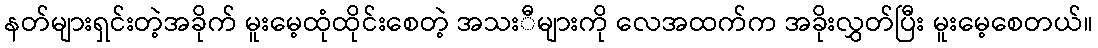
နတ်များရှင်းတဲ့အခိုက် မူးမေ့ထုံထိုင်းစေတဲ့ အသးီများကို လေအထက်က အခိုးလွှတ်ပြီး မူးမေ့စေတယ်။